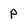
Character: P